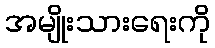
အမျိုးသားရေးကို